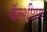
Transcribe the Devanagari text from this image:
कॅल्शीयम